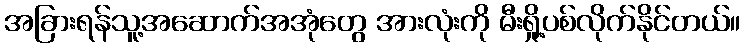
အခြားရန်သူ့အဆောက်အအုံတွေ အားလုံးကို မီးရှို့ပစ်လိုက်နိုင်တယ်။